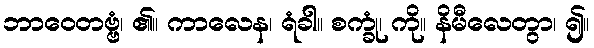
ဘာဝေတဗ္ဗံ၊ ၏။ ကာလေန၊ ရံခါ။ စက္ခုံ၊ ကို။ နိမီလေတွာ၊ ၍။